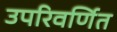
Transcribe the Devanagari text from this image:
उपरिवर्णित